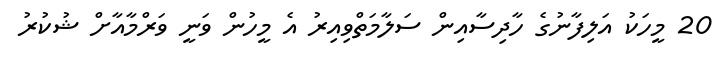
20 މީހަކު އަލިފާނުގެ ހާދިސާއިން ސަލާމަތްވިއިރު އެ މީހުން ވަނީ ވަރްމާއާށް ޝުކުރު